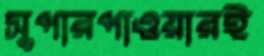
সুপারপাওয়ারই